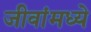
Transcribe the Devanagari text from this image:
जीवांमध्ये